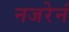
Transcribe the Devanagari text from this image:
नजरेनं